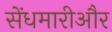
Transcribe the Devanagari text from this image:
सेंधमारीऔर